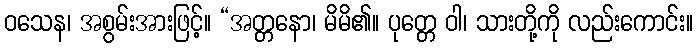
ဝသေန၊ အစွမ်းအားဖြင့်။ “အတ္တနော၊ မိမိ၏။ ပုတ္တေ ဝါ၊ သားတို့ကို လည်းကောင်း။